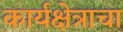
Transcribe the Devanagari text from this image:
कार्यक्षेत्राचा